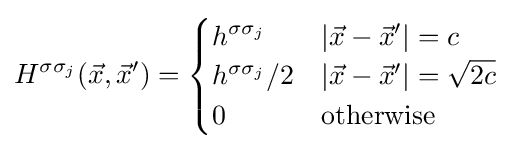
H^{\sigma \sigma _{j}}({\vec {x}},{\vec {x}}')={\begin{cases}h^{\sigma \sigma _{j}}&\left|{\vec {x}}-{\vec {x}}'\right|=c\\h^{\sigma \sigma _{j}}/2&\left|{\vec {x}}-{\vec {x}}'\right|={\sqrt {2c}}\\0&{\text{otherwise}}\\\end{cases}}